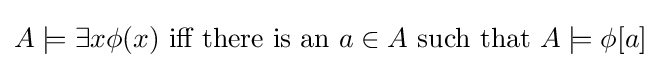
A\models \exists x\phi (x){\text{ iff there is an }}a\in A{\text{ such that }}A\models \phi [a]